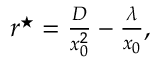
\begin{array} { r } { r ^ { \star } = \frac { D } { x _ { 0 } ^ { 2 } } - \frac { \lambda } { x _ { 0 } } , } \end{array}